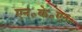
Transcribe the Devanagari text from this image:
एन॰के॰एन॰